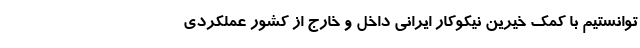
توانستیم با کمک خیرین نیکوکار ایرانی داخل و خارج از کشور عملکردی